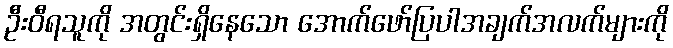
ဦးဝီရသူကို အတွင်းရှိနေသော အောက်ဖော်ပြပါအချက်အလက်များကို